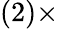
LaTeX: (2)\times